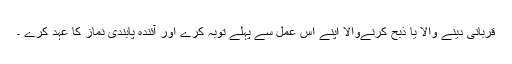
قربانی دینے والا یا ذبح کرنےوالا اپنے اس عمل سے پہلے توبہ کرے اور آئندہ پابندی نماز کا عہد کرے ۔